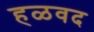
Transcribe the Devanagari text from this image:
हळवद